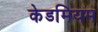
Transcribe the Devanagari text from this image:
केडमियम